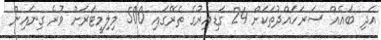
އަދި ބައެއް ސަރަހައްދުތަކަށް 24 ގަޑިއިރުގެ ތެރޭގައި 500 މިލިމީޓަރަށް ވުރެ ގިނައިން